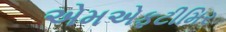
એમએફટીમિર